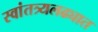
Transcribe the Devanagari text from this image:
स्वांतत्र्यलढ्यात